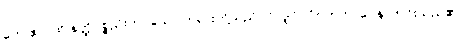
တေ ဧဝ၊ ထို နတ္ထိပစ္စည်းတပ်သော တရားတို့သည်ပင်လျှင်။ ဝိဂတဘာဝေန၊ ကင်းသည်၏